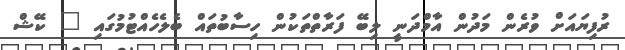
ރުފިޔައަށް ވުރެން މަދުން އާމްދަނީ ލިބޭ ފަރާތްތަކުން ހިސާބުތައް ބެލެހެއްޓުމުގައި " ކޭޝް